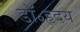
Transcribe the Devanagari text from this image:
डॉ॰हृदय